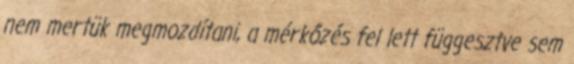
nem mertük megmozdítani, a mérkőzés fel lett függesztve sem